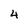
Character: 4